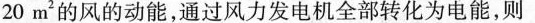
20m2的风的动能，通过风力发电机全部转化为电能，则